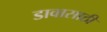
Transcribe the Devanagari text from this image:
डावासाठी